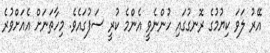
އޭރު ލަވަ ކިޔުމުގެ ރޮނގުގައި ހުންނެވީ އެންމެ ކުރީ ސަފުގައެވެ. މިހާތަނަށް އެއަށްވުރެ